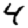
Digit: 4